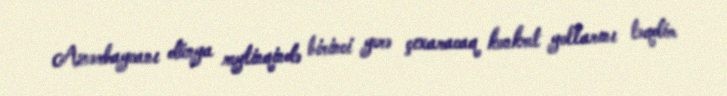
Azərbaycanı dünya reytinqində birinci yerə çıxaracaq konkret yollarını təqdim